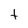
Character: t